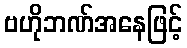
ဗဟိုဘဏ်အနေဖြင့်